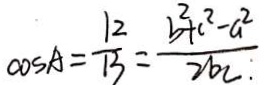
\cos A = \frac { 1 2 } { 1 3 } = \frac { b ^ { 2 } + c ^ { 2 } - a ^ { 2 } } { 2 b c . }